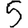
Digit: 5